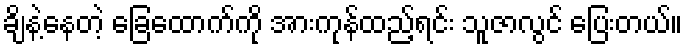
ချိနဲ့နေတဲ့ ခြေထောက်ကို အားကုန်ထည့်ရင်း သူဇာလွင် ပြေးတယ်။